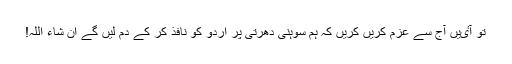
تو آٸیں آج سے عزم کریں کریں کہ ہم سوہنی دھرتی پر اردو کو نافذ کر کے دم لیں گے ان شاء اللہ!